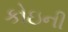
કોઇની